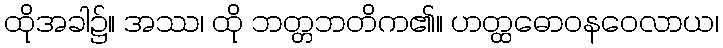
ထိုအခါ၌။ အဿ၊ ထို ဘတ္တဘတိက၏။ ဟတ္ထဓောဝနဝေလာယ၊